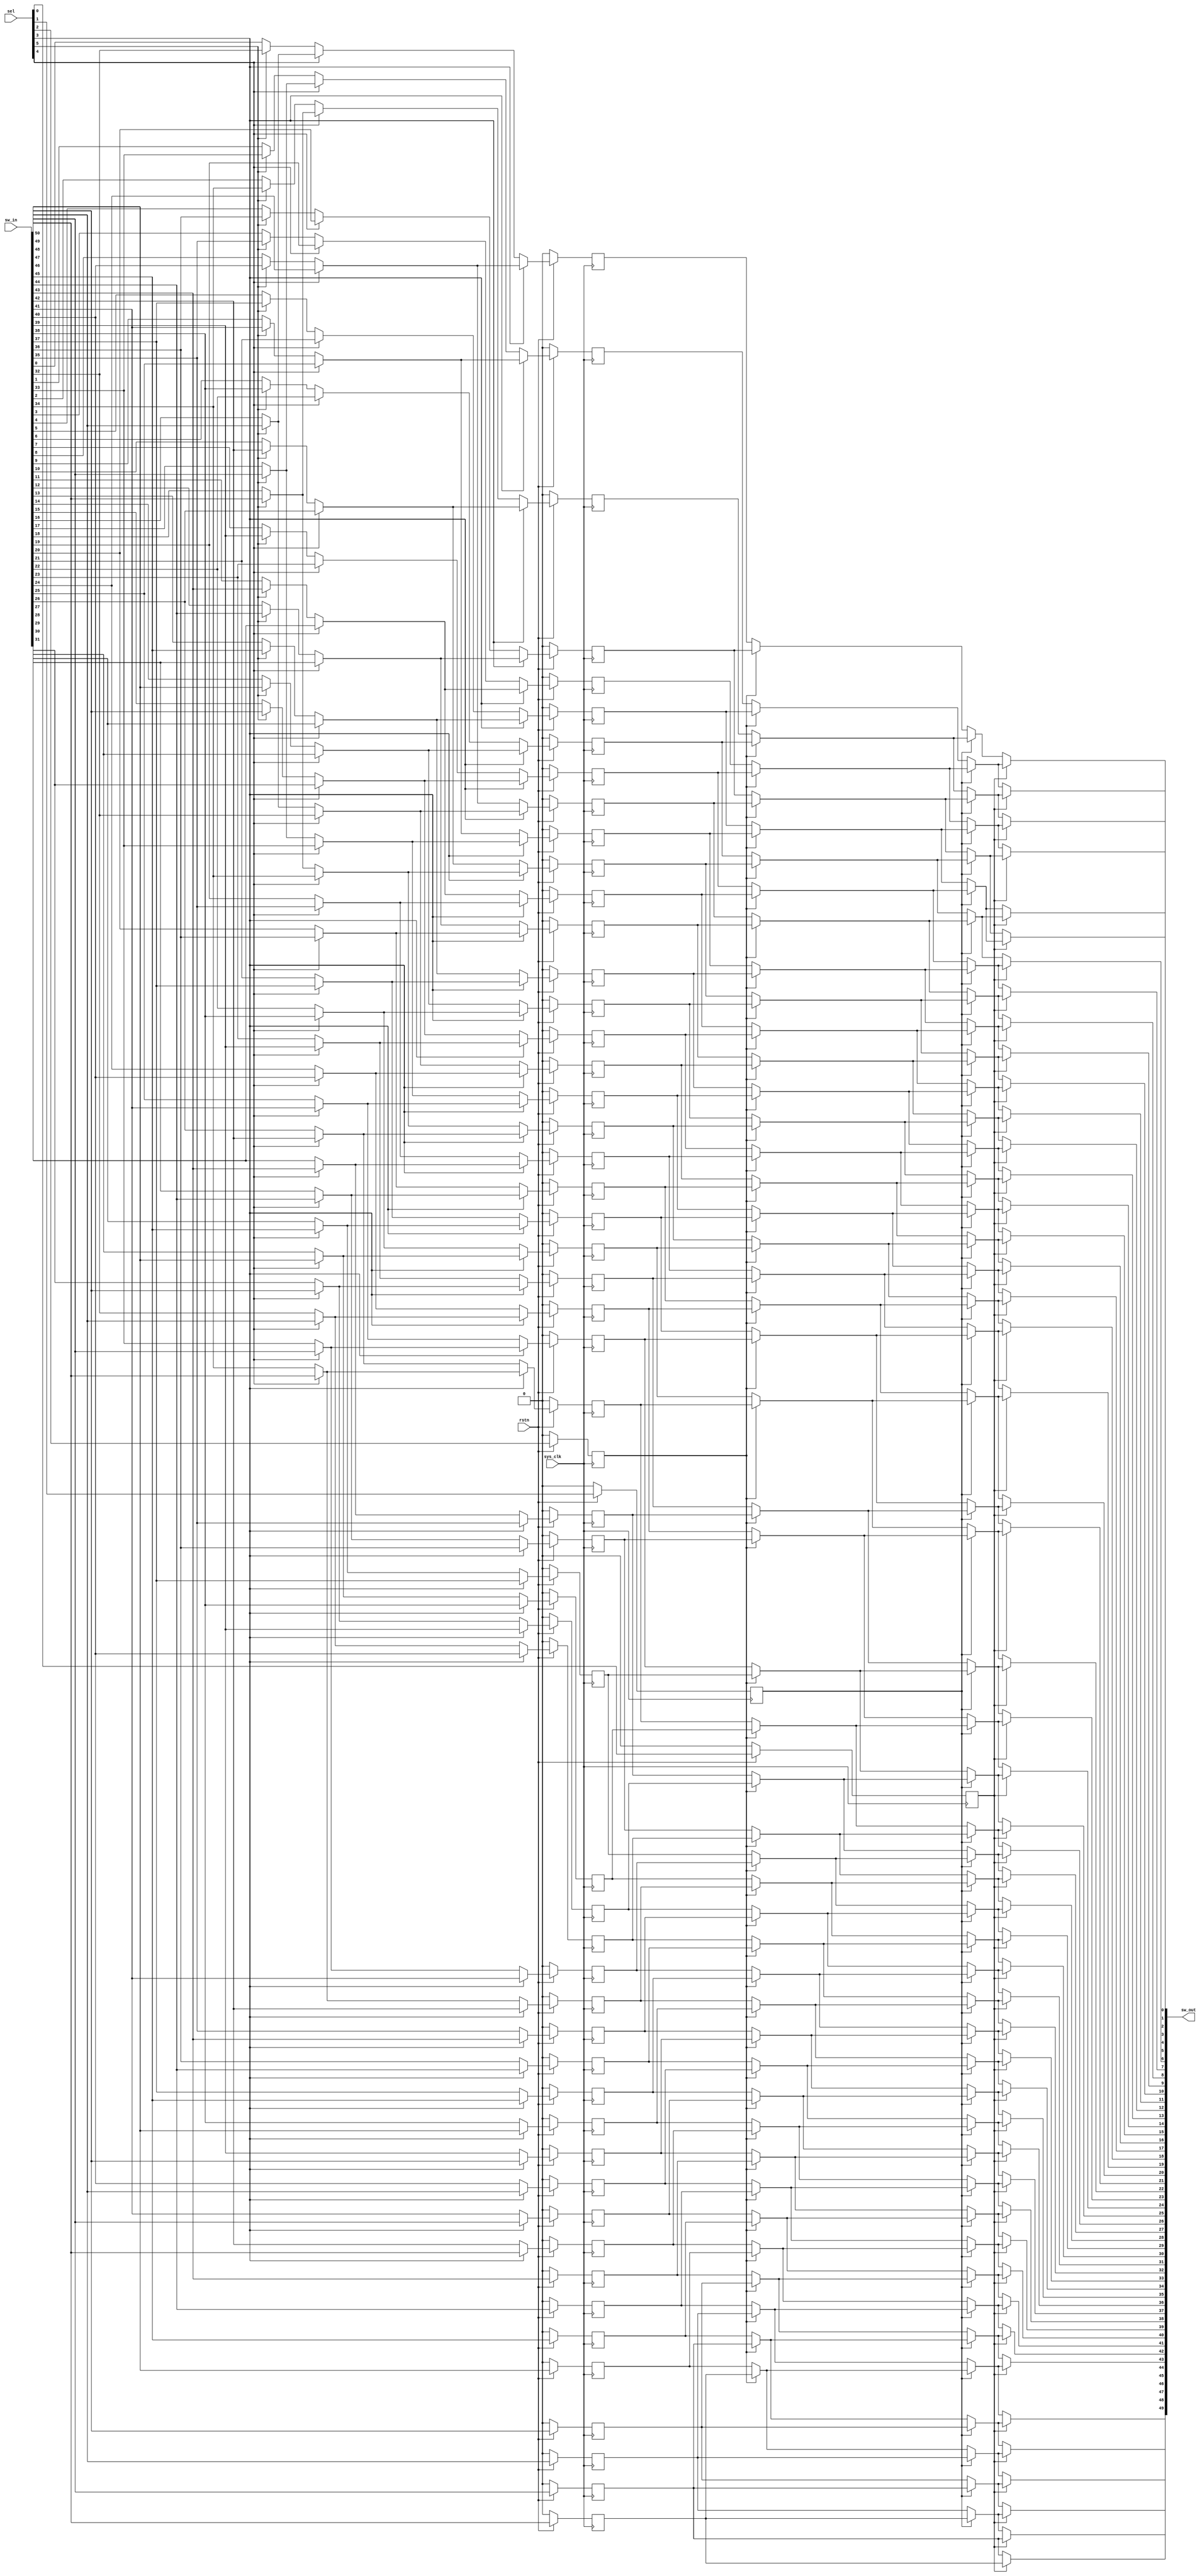
module qsn_left_len51 (
	output wire [49:0] sw_out,

	input wire [50:0] sw_in,
	input wire [5:0] sel,
	input wire sys_clk,
	input wire rstn
);

	// Multiplexer Stage 5
	wire [18:0] mux_stage_5;
	assign mux_stage_5[0] = (sel[5] == 1'b1) ? sw_in[32] : sw_in[0];
	assign mux_stage_5[1] = (sel[5] == 1'b1) ? sw_in[33] : sw_in[1];
	assign mux_stage_5[2] = (sel[5] == 1'b1) ? sw_in[34] : sw_in[2];
	assign mux_stage_5[3] = (sel[5] == 1'b1) ? sw_in[35] : sw_in[3];
	assign mux_stage_5[4] = (sel[5] == 1'b1) ? sw_in[36] : sw_in[4];
	assign mux_stage_5[5] = (sel[5] == 1'b1) ? sw_in[37] : sw_in[5];
	assign mux_stage_5[6] = (sel[5] == 1'b1) ? sw_in[38] : sw_in[6];
	assign mux_stage_5[7] = (sel[5] == 1'b1) ? sw_in[39] : sw_in[7];
	assign mux_stage_5[8] = (sel[5] == 1'b1) ? sw_in[40] : sw_in[8];
	assign mux_stage_5[9] = (sel[5] == 1'b1) ? sw_in[41] : sw_in[9];
	assign mux_stage_5[10] = (sel[5] == 1'b1) ? sw_in[42] : sw_in[10];
	assign mux_stage_5[11] = (sel[5] == 1'b1) ? sw_in[43] : sw_in[11];
	assign mux_stage_5[12] = (sel[5] == 1'b1) ? sw_in[44] : sw_in[12];
	assign mux_stage_5[13] = (sel[5] == 1'b1) ? sw_in[45] : sw_in[13];
	assign mux_stage_5[14] = (sel[5] == 1'b1) ? sw_in[46] : sw_in[14];
	assign mux_stage_5[15] = (sel[5] == 1'b1) ? sw_in[47] : sw_in[15];
	assign mux_stage_5[16] = (sel[5] == 1'b1) ? sw_in[48] : sw_in[16];
	assign mux_stage_5[17] = (sel[5] == 1'b1) ? sw_in[49] : sw_in[17];
	assign mux_stage_5[18] = (sel[5] == 1'b1) ? sw_in[50] : sw_in[18];

	// Multiplexer Stage 4
	wire [34:0] mux_stage_4;
	assign mux_stage_4[0] = (sel[4] == 1'b1) ? mux_stage_5[16] : mux_stage_5[0];
	assign mux_stage_4[1] = (sel[4] == 1'b1) ? mux_stage_5[17] : mux_stage_5[1];
	assign mux_stage_4[2] = (sel[4] == 1'b1) ? mux_stage_5[18] : mux_stage_5[2];
	assign mux_stage_4[3] = (sel[4] == 1'b1) ? sw_in[19] : mux_stage_5[3];
	assign mux_stage_4[4] = (sel[4] == 1'b1) ? sw_in[20] : mux_stage_5[4];
	assign mux_stage_4[5] = (sel[4] == 1'b1) ? sw_in[21] : mux_stage_5[5];
	assign mux_stage_4[6] = (sel[4] == 1'b1) ? sw_in[22] : mux_stage_5[6];
	assign mux_stage_4[7] = (sel[4] == 1'b1) ? sw_in[23] : mux_stage_5[7];
	assign mux_stage_4[8] = (sel[4] == 1'b1) ? sw_in[24] : mux_stage_5[8];
	assign mux_stage_4[9] = (sel[4] == 1'b1) ? sw_in[25] : mux_stage_5[9];
	assign mux_stage_4[10] = (sel[4] == 1'b1) ? sw_in[26] : mux_stage_5[10];
	assign mux_stage_4[11] = (sel[4] == 1'b1) ? sw_in[27] : mux_stage_5[11];
	assign mux_stage_4[12] = (sel[4] == 1'b1) ? sw_in[28] : mux_stage_5[12];
	assign mux_stage_4[13] = (sel[4] == 1'b1) ? sw_in[29] : mux_stage_5[13];
	assign mux_stage_4[14] = (sel[4] == 1'b1) ? sw_in[30] : mux_stage_5[14];
	assign mux_stage_4[15] = (sel[4] == 1'b1) ? sw_in[31] : mux_stage_5[15];
	assign mux_stage_4[16] = (sel[4] == 1'b1) ? sw_in[32] : mux_stage_5[16];
	assign mux_stage_4[17] = (sel[4] == 1'b1) ? sw_in[33] : mux_stage_5[17];
	assign mux_stage_4[18] = (sel[4] == 1'b1) ? sw_in[34] : mux_stage_5[18];
	assign mux_stage_4[19] = (sel[4] == 1'b1) ? sw_in[35] : sw_in[19];
	assign mux_stage_4[20] = (sel[4] == 1'b1) ? sw_in[36] : sw_in[20];
	assign mux_stage_4[21] = (sel[4] == 1'b1) ? sw_in[37] : sw_in[21];
	assign mux_stage_4[22] = (sel[4] == 1'b1) ? sw_in[38] : sw_in[22];
	assign mux_stage_4[23] = (sel[4] == 1'b1) ? sw_in[39] : sw_in[23];
	assign mux_stage_4[24] = (sel[4] == 1'b1) ? sw_in[40] : sw_in[24];
	assign mux_stage_4[25] = (sel[4] == 1'b1) ? sw_in[41] : sw_in[25];
	assign mux_stage_4[26] = (sel[4] == 1'b1) ? sw_in[42] : sw_in[26];
	assign mux_stage_4[27] = (sel[4] == 1'b1) ? sw_in[43] : sw_in[27];
	assign mux_stage_4[28] = (sel[4] == 1'b1) ? sw_in[44] : sw_in[28];
	assign mux_stage_4[29] = (sel[4] == 1'b1) ? sw_in[45] : sw_in[29];
	assign mux_stage_4[30] = (sel[4] == 1'b1) ? sw_in[46] : sw_in[30];
	assign mux_stage_4[31] = (sel[4] == 1'b1) ? sw_in[47] : sw_in[31];
	assign mux_stage_4[32] = (sel[4] == 1'b1) ? sw_in[48] : sw_in[32];
	assign mux_stage_4[33] = (sel[4] == 1'b1) ? sw_in[49] : sw_in[33];
	assign mux_stage_4[34] = (sel[4] == 1'b1) ? sw_in[50] : sw_in[34];

	// Multiplexer Stage 3
	reg [42:0] mux_stage_3;
	always @(posedge sys_clk) begin if(!rstn) mux_stage_3[0] <= 0; else if(sel[3] == 1'b1) mux_stage_3[0] <= mux_stage_4[8]; else mux_stage_3[0] <= mux_stage_4[0]; end
	always @(posedge sys_clk) begin if(!rstn) mux_stage_3[1] <= 0; else if(sel[3] == 1'b1) mux_stage_3[1] <= mux_stage_4[9]; else mux_stage_3[1] <= mux_stage_4[1]; end
	always @(posedge sys_clk) begin if(!rstn) mux_stage_3[2] <= 0; else if(sel[3] == 1'b1) mux_stage_3[2] <= mux_stage_4[10]; else mux_stage_3[2] <= mux_stage_4[2]; end
	always @(posedge sys_clk) begin if(!rstn) mux_stage_3[3] <= 0; else if(sel[3] == 1'b1) mux_stage_3[3] <= mux_stage_4[11]; else mux_stage_3[3] <= mux_stage_4[3]; end
	always @(posedge sys_clk) begin if(!rstn) mux_stage_3[4] <= 0; else if(sel[3] == 1'b1) mux_stage_3[4] <= mux_stage_4[12]; else mux_stage_3[4] <= mux_stage_4[4]; end
	always @(posedge sys_clk) begin if(!rstn) mux_stage_3[5] <= 0; else if(sel[3] == 1'b1) mux_stage_3[5] <= mux_stage_4[13]; else mux_stage_3[5] <= mux_stage_4[5]; end
	always @(posedge sys_clk) begin if(!rstn) mux_stage_3[6] <= 0; else if(sel[3] == 1'b1) mux_stage_3[6] <= mux_stage_4[14]; else mux_stage_3[6] <= mux_stage_4[6]; end
	always @(posedge sys_clk) begin if(!rstn) mux_stage_3[7] <= 0; else if(sel[3] == 1'b1) mux_stage_3[7] <= mux_stage_4[15]; else mux_stage_3[7] <= mux_stage_4[7]; end
	always @(posedge sys_clk) begin if(!rstn) mux_stage_3[8] <= 0; else if(sel[3] == 1'b1) mux_stage_3[8] <= mux_stage_4[16]; else mux_stage_3[8] <= mux_stage_4[8]; end
	always @(posedge sys_clk) begin if(!rstn) mux_stage_3[9] <= 0; else if(sel[3] == 1'b1) mux_stage_3[9] <= mux_stage_4[17]; else mux_stage_3[9] <= mux_stage_4[9]; end
	always @(posedge sys_clk) begin if(!rstn) mux_stage_3[10] <= 0; else if(sel[3] == 1'b1) mux_stage_3[10] <= mux_stage_4[18]; else mux_stage_3[10] <= mux_stage_4[10]; end
	always @(posedge sys_clk) begin if(!rstn) mux_stage_3[11] <= 0; else if(sel[3] == 1'b1) mux_stage_3[11] <= mux_stage_4[19]; else mux_stage_3[11] <= mux_stage_4[11]; end
	always @(posedge sys_clk) begin if(!rstn) mux_stage_3[12] <= 0; else if(sel[3] == 1'b1) mux_stage_3[12] <= mux_stage_4[20]; else mux_stage_3[12] <= mux_stage_4[12]; end
	always @(posedge sys_clk) begin if(!rstn) mux_stage_3[13] <= 0; else if(sel[3] == 1'b1) mux_stage_3[13] <= mux_stage_4[21]; else mux_stage_3[13] <= mux_stage_4[13]; end
	always @(posedge sys_clk) begin if(!rstn) mux_stage_3[14] <= 0; else if(sel[3] == 1'b1) mux_stage_3[14] <= mux_stage_4[22]; else mux_stage_3[14] <= mux_stage_4[14]; end
	always @(posedge sys_clk) begin if(!rstn) mux_stage_3[15] <= 0; else if(sel[3] == 1'b1) mux_stage_3[15] <= mux_stage_4[23]; else mux_stage_3[15] <= mux_stage_4[15]; end
	always @(posedge sys_clk) begin if(!rstn) mux_stage_3[16] <= 0; else if(sel[3] == 1'b1) mux_stage_3[16] <= mux_stage_4[24]; else mux_stage_3[16] <= mux_stage_4[16]; end
	always @(posedge sys_clk) begin if(!rstn) mux_stage_3[17] <= 0; else if(sel[3] == 1'b1) mux_stage_3[17] <= mux_stage_4[25]; else mux_stage_3[17] <= mux_stage_4[17]; end
	always @(posedge sys_clk) begin if(!rstn) mux_stage_3[18] <= 0; else if(sel[3] == 1'b1) mux_stage_3[18] <= mux_stage_4[26]; else mux_stage_3[18] <= mux_stage_4[18]; end
	always @(posedge sys_clk) begin if(!rstn) mux_stage_3[19] <= 0; else if(sel[3] == 1'b1) mux_stage_3[19] <= mux_stage_4[27]; else mux_stage_3[19] <= mux_stage_4[19]; end
	always @(posedge sys_clk) begin if(!rstn) mux_stage_3[20] <= 0; else if(sel[3] == 1'b1) mux_stage_3[20] <= mux_stage_4[28]; else mux_stage_3[20] <= mux_stage_4[20]; end
	always @(posedge sys_clk) begin if(!rstn) mux_stage_3[21] <= 0; else if(sel[3] == 1'b1) mux_stage_3[21] <= mux_stage_4[29]; else mux_stage_3[21] <= mux_stage_4[21]; end
	always @(posedge sys_clk) begin if(!rstn) mux_stage_3[22] <= 0; else if(sel[3] == 1'b1) mux_stage_3[22] <= mux_stage_4[30]; else mux_stage_3[22] <= mux_stage_4[22]; end
	always @(posedge sys_clk) begin if(!rstn) mux_stage_3[23] <= 0; else if(sel[3] == 1'b1) mux_stage_3[23] <= mux_stage_4[31]; else mux_stage_3[23] <= mux_stage_4[23]; end
	always @(posedge sys_clk) begin if(!rstn) mux_stage_3[24] <= 0; else if(sel[3] == 1'b1) mux_stage_3[24] <= mux_stage_4[32]; else mux_stage_3[24] <= mux_stage_4[24]; end
	always @(posedge sys_clk) begin if(!rstn) mux_stage_3[25] <= 0; else if(sel[3] == 1'b1) mux_stage_3[25] <= mux_stage_4[33]; else mux_stage_3[25] <= mux_stage_4[25]; end
	always @(posedge sys_clk) begin if(!rstn) mux_stage_3[26] <= 0; else if(sel[3] == 1'b1) mux_stage_3[26] <= mux_stage_4[34]; else mux_stage_3[26] <= mux_stage_4[26]; end
	always @(posedge sys_clk) begin if(!rstn) mux_stage_3[27] <= 0; else if(sel[3] == 1'b1) mux_stage_3[27] <= sw_in[35]; else mux_stage_3[27] <= mux_stage_4[27]; end
	always @(posedge sys_clk) begin if(!rstn) mux_stage_3[28] <= 0; else if(sel[3] == 1'b1) mux_stage_3[28] <= sw_in[36]; else mux_stage_3[28] <= mux_stage_4[28]; end
	always @(posedge sys_clk) begin if(!rstn) mux_stage_3[29] <= 0; else if(sel[3] == 1'b1) mux_stage_3[29] <= sw_in[37]; else mux_stage_3[29] <= mux_stage_4[29]; end
	always @(posedge sys_clk) begin if(!rstn) mux_stage_3[30] <= 0; else if(sel[3] == 1'b1) mux_stage_3[30] <= sw_in[38]; else mux_stage_3[30] <= mux_stage_4[30]; end
	always @(posedge sys_clk) begin if(!rstn) mux_stage_3[31] <= 0; else if(sel[3] == 1'b1) mux_stage_3[31] <= sw_in[39]; else mux_stage_3[31] <= mux_stage_4[31]; end
	always @(posedge sys_clk) begin if(!rstn) mux_stage_3[32] <= 0; else if(sel[3] == 1'b1) mux_stage_3[32] <= sw_in[40]; else mux_stage_3[32] <= mux_stage_4[32]; end
	always @(posedge sys_clk) begin if(!rstn) mux_stage_3[33] <= 0; else if(sel[3] == 1'b1) mux_stage_3[33] <= sw_in[41]; else mux_stage_3[33] <= mux_stage_4[33]; end
	always @(posedge sys_clk) begin if(!rstn) mux_stage_3[34] <= 0; else if(sel[3] == 1'b1) mux_stage_3[34] <= sw_in[42]; else mux_stage_3[34] <= mux_stage_4[34]; end
	always @(posedge sys_clk) begin if(!rstn) mux_stage_3[35] <= 0; else if(sel[3] == 1'b1) mux_stage_3[35] <= sw_in[43]; else mux_stage_3[35] <= sw_in[35]; end
	always @(posedge sys_clk) begin if(!rstn) mux_stage_3[36] <= 0; else if(sel[3] == 1'b1) mux_stage_3[36] <= sw_in[44]; else mux_stage_3[36] <= sw_in[36]; end
	always @(posedge sys_clk) begin if(!rstn) mux_stage_3[37] <= 0; else if(sel[3] == 1'b1) mux_stage_3[37] <= sw_in[45]; else mux_stage_3[37] <= sw_in[37]; end
	always @(posedge sys_clk) begin if(!rstn) mux_stage_3[38] <= 0; else if(sel[3] == 1'b1) mux_stage_3[38] <= sw_in[46]; else mux_stage_3[38] <= sw_in[38]; end
	always @(posedge sys_clk) begin if(!rstn) mux_stage_3[39] <= 0; else if(sel[3] == 1'b1) mux_stage_3[39] <= sw_in[47]; else mux_stage_3[39] <= sw_in[39]; end
	always @(posedge sys_clk) begin if(!rstn) mux_stage_3[40] <= 0; else if(sel[3] == 1'b1) mux_stage_3[40] <= sw_in[48]; else mux_stage_3[40] <= sw_in[40]; end
	always @(posedge sys_clk) begin if(!rstn) mux_stage_3[41] <= 0; else if(sel[3] == 1'b1) mux_stage_3[41] <= sw_in[49]; else mux_stage_3[41] <= sw_in[41]; end
	always @(posedge sys_clk) begin if(!rstn) mux_stage_3[42] <= 0; else if(sel[3] == 1'b1) mux_stage_3[42] <= sw_in[50]; else mux_stage_3[42] <= sw_in[42]; end

	reg sw_in_43_reg0; 	always @(posedge sys_clk) begin if(!rstn) sw_in_43_reg0 <= 0; else sw_in_43_reg0 <= sw_in[43]; end
	reg sw_in_44_reg0; 	always @(posedge sys_clk) begin if(!rstn) sw_in_44_reg0 <= 0; else sw_in_44_reg0 <= sw_in[44]; end
	reg sw_in_45_reg0; 	always @(posedge sys_clk) begin if(!rstn) sw_in_45_reg0 <= 0; else sw_in_45_reg0 <= sw_in[45]; end
	reg sw_in_46_reg0; 	always @(posedge sys_clk) begin if(!rstn) sw_in_46_reg0 <= 0; else sw_in_46_reg0 <= sw_in[46]; end
	reg sw_in_47_reg0; 	always @(posedge sys_clk) begin if(!rstn) sw_in_47_reg0 <= 0; else sw_in_47_reg0 <= sw_in[47]; end
	reg sw_in_48_reg0; 	always @(posedge sys_clk) begin if(!rstn) sw_in_48_reg0 <= 0; else sw_in_48_reg0 <= sw_in[48]; end
	reg sw_in_49_reg0; 	always @(posedge sys_clk) begin if(!rstn) sw_in_49_reg0 <= 0; else sw_in_49_reg0 <= sw_in[49]; end
	reg sw_in_50_reg0; 	always @(posedge sys_clk) begin if(!rstn) sw_in_50_reg0 <= 0; else sw_in_50_reg0 <= sw_in[50]; end

	reg sel_2_reg0;
	always @(posedge sys_clk) begin if(!rstn) sel_2_reg0 <= 0; else sel_2_reg0 <= sel[2]; end	

	// Multiplexer Stage 2
	wire [46:0] mux_stage_2;
	assign mux_stage_2[0] = (sel_2_reg0 == 1'b1) ? mux_stage_3[4] : mux_stage_3[0];
	assign mux_stage_2[1] = (sel_2_reg0 == 1'b1) ? mux_stage_3[5] : mux_stage_3[1];
	assign mux_stage_2[2] = (sel_2_reg0 == 1'b1) ? mux_stage_3[6] : mux_stage_3[2];
	assign mux_stage_2[3] = (sel_2_reg0 == 1'b1) ? mux_stage_3[7] : mux_stage_3[3];
	assign mux_stage_2[4] = (sel_2_reg0 == 1'b1) ? mux_stage_3[8] : mux_stage_3[4];
	assign mux_stage_2[5] = (sel_2_reg0 == 1'b1) ? mux_stage_3[9] : mux_stage_3[5];
	assign mux_stage_2[6] = (sel_2_reg0 == 1'b1) ? mux_stage_3[10] : mux_stage_3[6];
	assign mux_stage_2[7] = (sel_2_reg0 == 1'b1) ? mux_stage_3[11] : mux_stage_3[7];
	assign mux_stage_2[8] = (sel_2_reg0 == 1'b1) ? mux_stage_3[12] : mux_stage_3[8];
	assign mux_stage_2[9] = (sel_2_reg0 == 1'b1) ? mux_stage_3[13] : mux_stage_3[9];
	assign mux_stage_2[10] = (sel_2_reg0 == 1'b1) ? mux_stage_3[14] : mux_stage_3[10];
	assign mux_stage_2[11] = (sel_2_reg0 == 1'b1) ? mux_stage_3[15] : mux_stage_3[11];
	assign mux_stage_2[12] = (sel_2_reg0 == 1'b1) ? mux_stage_3[16] : mux_stage_3[12];
	assign mux_stage_2[13] = (sel_2_reg0 == 1'b1) ? mux_stage_3[17] : mux_stage_3[13];
	assign mux_stage_2[14] = (sel_2_reg0 == 1'b1) ? mux_stage_3[18] : mux_stage_3[14];
	assign mux_stage_2[15] = (sel_2_reg0 == 1'b1) ? mux_stage_3[19] : mux_stage_3[15];
	assign mux_stage_2[16] = (sel_2_reg0 == 1'b1) ? mux_stage_3[20] : mux_stage_3[16];
	assign mux_stage_2[17] = (sel_2_reg0 == 1'b1) ? mux_stage_3[21] : mux_stage_3[17];
	assign mux_stage_2[18] = (sel_2_reg0 == 1'b1) ? mux_stage_3[22] : mux_stage_3[18];
	assign mux_stage_2[19] = (sel_2_reg0 == 1'b1) ? mux_stage_3[23] : mux_stage_3[19];
	assign mux_stage_2[20] = (sel_2_reg0 == 1'b1) ? mux_stage_3[24] : mux_stage_3[20];
	assign mux_stage_2[21] = (sel_2_reg0 == 1'b1) ? mux_stage_3[25] : mux_stage_3[21];
	assign mux_stage_2[22] = (sel_2_reg0 == 1'b1) ? mux_stage_3[26] : mux_stage_3[22];
	assign mux_stage_2[23] = (sel_2_reg0 == 1'b1) ? mux_stage_3[27] : mux_stage_3[23];
	assign mux_stage_2[24] = (sel_2_reg0 == 1'b1) ? mux_stage_3[28] : mux_stage_3[24];
	assign mux_stage_2[25] = (sel_2_reg0 == 1'b1) ? mux_stage_3[29] : mux_stage_3[25];
	assign mux_stage_2[26] = (sel_2_reg0 == 1'b1) ? mux_stage_3[30] : mux_stage_3[26];
	assign mux_stage_2[27] = (sel_2_reg0 == 1'b1) ? mux_stage_3[31] : mux_stage_3[27];
	assign mux_stage_2[28] = (sel_2_reg0 == 1'b1) ? mux_stage_3[32] : mux_stage_3[28];
	assign mux_stage_2[29] = (sel_2_reg0 == 1'b1) ? mux_stage_3[33] : mux_stage_3[29];
	assign mux_stage_2[30] = (sel_2_reg0 == 1'b1) ? mux_stage_3[34] : mux_stage_3[30];
	assign mux_stage_2[31] = (sel_2_reg0 == 1'b1) ? mux_stage_3[35] : mux_stage_3[31];
	assign mux_stage_2[32] = (sel_2_reg0 == 1'b1) ? mux_stage_3[36] : mux_stage_3[32];
	assign mux_stage_2[33] = (sel_2_reg0 == 1'b1) ? mux_stage_3[37] : mux_stage_3[33];
	assign mux_stage_2[34] = (sel_2_reg0 == 1'b1) ? mux_stage_3[38] : mux_stage_3[34];
	assign mux_stage_2[35] = (sel_2_reg0 == 1'b1) ? mux_stage_3[39] : mux_stage_3[35];
	assign mux_stage_2[36] = (sel_2_reg0 == 1'b1) ? mux_stage_3[40] : mux_stage_3[36];
	assign mux_stage_2[37] = (sel_2_reg0 == 1'b1) ? mux_stage_3[41] : mux_stage_3[37];
	assign mux_stage_2[38] = (sel_2_reg0 == 1'b1) ? mux_stage_3[42] : mux_stage_3[38];
	assign mux_stage_2[39] = (sel_2_reg0 == 1'b1) ? sw_in_43_reg0 : mux_stage_3[39];
	assign mux_stage_2[40] = (sel_2_reg0 == 1'b1) ? sw_in_44_reg0 : mux_stage_3[40];
	assign mux_stage_2[41] = (sel_2_reg0 == 1'b1) ? sw_in_45_reg0 : mux_stage_3[41];
	assign mux_stage_2[42] = (sel_2_reg0 == 1'b1) ? sw_in_46_reg0 : mux_stage_3[42];
	assign mux_stage_2[43] = (sel_2_reg0 == 1'b1) ? sw_in_47_reg0 : sw_in_43_reg0;
	assign mux_stage_2[44] = (sel_2_reg0 == 1'b1) ? sw_in_48_reg0 : sw_in_44_reg0;
	assign mux_stage_2[45] = (sel_2_reg0 == 1'b1) ? sw_in_49_reg0 : sw_in_45_reg0;
	assign mux_stage_2[46] = (sel_2_reg0 == 1'b1) ? sw_in_50_reg0 : sw_in_46_reg0;


	reg sel_1_reg0;
	always @(posedge sys_clk) begin if(!rstn) sel_1_reg0 <= 0; else sel_1_reg0 <= sel[1]; end	

	// Multiplexer Stage 1
	wire [48:0] mux_stage_1;
	assign mux_stage_1[0] = (sel_1_reg0 == 1'b1) ? mux_stage_2[2] : mux_stage_2[0];
	assign mux_stage_1[1] = (sel_1_reg0 == 1'b1) ? mux_stage_2[3] : mux_stage_2[1];
	assign mux_stage_1[2] = (sel_1_reg0 == 1'b1) ? mux_stage_2[4] : mux_stage_2[2];
	assign mux_stage_1[3] = (sel_1_reg0 == 1'b1) ? mux_stage_2[5] : mux_stage_2[3];
	assign mux_stage_1[4] = (sel_1_reg0 == 1'b1) ? mux_stage_2[6] : mux_stage_2[4];
	assign mux_stage_1[5] = (sel_1_reg0 == 1'b1) ? mux_stage_2[7] : mux_stage_2[5];
	assign mux_stage_1[6] = (sel_1_reg0 == 1'b1) ? mux_stage_2[8] : mux_stage_2[6];
	assign mux_stage_1[7] = (sel_1_reg0 == 1'b1) ? mux_stage_2[9] : mux_stage_2[7];
	assign mux_stage_1[8] = (sel_1_reg0 == 1'b1) ? mux_stage_2[10] : mux_stage_2[8];
	assign mux_stage_1[9] = (sel_1_reg0 == 1'b1) ? mux_stage_2[11] : mux_stage_2[9];
	assign mux_stage_1[10] = (sel_1_reg0 == 1'b1) ? mux_stage_2[12] : mux_stage_2[10];
	assign mux_stage_1[11] = (sel_1_reg0 == 1'b1) ? mux_stage_2[13] : mux_stage_2[11];
	assign mux_stage_1[12] = (sel_1_reg0 == 1'b1) ? mux_stage_2[14] : mux_stage_2[12];
	assign mux_stage_1[13] = (sel_1_reg0 == 1'b1) ? mux_stage_2[15] : mux_stage_2[13];
	assign mux_stage_1[14] = (sel_1_reg0 == 1'b1) ? mux_stage_2[16] : mux_stage_2[14];
	assign mux_stage_1[15] = (sel_1_reg0 == 1'b1) ? mux_stage_2[17] : mux_stage_2[15];
	assign mux_stage_1[16] = (sel_1_reg0 == 1'b1) ? mux_stage_2[18] : mux_stage_2[16];
	assign mux_stage_1[17] = (sel_1_reg0 == 1'b1) ? mux_stage_2[19] : mux_stage_2[17];
	assign mux_stage_1[18] = (sel_1_reg0 == 1'b1) ? mux_stage_2[20] : mux_stage_2[18];
	assign mux_stage_1[19] = (sel_1_reg0 == 1'b1) ? mux_stage_2[21] : mux_stage_2[19];
	assign mux_stage_1[20] = (sel_1_reg0 == 1'b1) ? mux_stage_2[22] : mux_stage_2[20];
	assign mux_stage_1[21] = (sel_1_reg0 == 1'b1) ? mux_stage_2[23] : mux_stage_2[21];
	assign mux_stage_1[22] = (sel_1_reg0 == 1'b1) ? mux_stage_2[24] : mux_stage_2[22];
	assign mux_stage_1[23] = (sel_1_reg0 == 1'b1) ? mux_stage_2[25] : mux_stage_2[23];
	assign mux_stage_1[24] = (sel_1_reg0 == 1'b1) ? mux_stage_2[26] : mux_stage_2[24];
	assign mux_stage_1[25] = (sel_1_reg0 == 1'b1) ? mux_stage_2[27] : mux_stage_2[25];
	assign mux_stage_1[26] = (sel_1_reg0 == 1'b1) ? mux_stage_2[28] : mux_stage_2[26];
	assign mux_stage_1[27] = (sel_1_reg0 == 1'b1) ? mux_stage_2[29] : mux_stage_2[27];
	assign mux_stage_1[28] = (sel_1_reg0 == 1'b1) ? mux_stage_2[30] : mux_stage_2[28];
	assign mux_stage_1[29] = (sel_1_reg0 == 1'b1) ? mux_stage_2[31] : mux_stage_2[29];
	assign mux_stage_1[30] = (sel_1_reg0 == 1'b1) ? mux_stage_2[32] : mux_stage_2[30];
	assign mux_stage_1[31] = (sel_1_reg0 == 1'b1) ? mux_stage_2[33] : mux_stage_2[31];
	assign mux_stage_1[32] = (sel_1_reg0 == 1'b1) ? mux_stage_2[34] : mux_stage_2[32];
	assign mux_stage_1[33] = (sel_1_reg0 == 1'b1) ? mux_stage_2[35] : mux_stage_2[33];
	assign mux_stage_1[34] = (sel_1_reg0 == 1'b1) ? mux_stage_2[36] : mux_stage_2[34];
	assign mux_stage_1[35] = (sel_1_reg0 == 1'b1) ? mux_stage_2[37] : mux_stage_2[35];
	assign mux_stage_1[36] = (sel_1_reg0 == 1'b1) ? mux_stage_2[38] : mux_stage_2[36];
	assign mux_stage_1[37] = (sel_1_reg0 == 1'b1) ? mux_stage_2[39] : mux_stage_2[37];
	assign mux_stage_1[38] = (sel_1_reg0 == 1'b1) ? mux_stage_2[40] : mux_stage_2[38];
	assign mux_stage_1[39] = (sel_1_reg0 == 1'b1) ? mux_stage_2[41] : mux_stage_2[39];
	assign mux_stage_1[40] = (sel_1_reg0 == 1'b1) ? mux_stage_2[42] : mux_stage_2[40];
	assign mux_stage_1[41] = (sel_1_reg0 == 1'b1) ? mux_stage_2[43] : mux_stage_2[41];
	assign mux_stage_1[42] = (sel_1_reg0 == 1'b1) ? mux_stage_2[44] : mux_stage_2[42];
	assign mux_stage_1[43] = (sel_1_reg0 == 1'b1) ? mux_stage_2[45] : mux_stage_2[43];
	assign mux_stage_1[44] = (sel_1_reg0 == 1'b1) ? mux_stage_2[46] : mux_stage_2[44];
	assign mux_stage_1[45] = (sel_1_reg0 == 1'b1) ? sw_in_47_reg0 : mux_stage_2[45];
	assign mux_stage_1[46] = (sel_1_reg0 == 1'b1) ? sw_in_48_reg0 : mux_stage_2[46];
	assign mux_stage_1[47] = (sel_1_reg0 == 1'b1) ? sw_in_49_reg0 : sw_in_47_reg0;
	assign mux_stage_1[48] = (sel_1_reg0 == 1'b1) ? sw_in_50_reg0 : sw_in_48_reg0;


	reg sel_0_reg0;
	always @(posedge sys_clk) begin if(!rstn) sel_0_reg0 <= 0; else sel_0_reg0 <= sel[0]; end	

	// Multiplexer Stage 0
	wire [49:0] mux_stage_0;
	assign mux_stage_0[0] = (sel_0_reg0 == 1'b1) ? mux_stage_1[1] : mux_stage_1[0];
	assign mux_stage_0[1] = (sel_0_reg0 == 1'b1) ? mux_stage_1[2] : mux_stage_1[1];
	assign mux_stage_0[2] = (sel_0_reg0 == 1'b1) ? mux_stage_1[3] : mux_stage_1[2];
	assign mux_stage_0[3] = (sel_0_reg0 == 1'b1) ? mux_stage_1[4] : mux_stage_1[3];
	assign mux_stage_0[4] = (sel_0_reg0 == 1'b1) ? mux_stage_1[5] : mux_stage_1[4];
	assign mux_stage_0[5] = (sel_0_reg0 == 1'b1) ? mux_stage_1[6] : mux_stage_1[5];
	assign mux_stage_0[6] = (sel_0_reg0 == 1'b1) ? mux_stage_1[7] : mux_stage_1[6];
	assign mux_stage_0[7] = (sel_0_reg0 == 1'b1) ? mux_stage_1[8] : mux_stage_1[7];
	assign mux_stage_0[8] = (sel_0_reg0 == 1'b1) ? mux_stage_1[9] : mux_stage_1[8];
	assign mux_stage_0[9] = (sel_0_reg0 == 1'b1) ? mux_stage_1[10] : mux_stage_1[9];
	assign mux_stage_0[10] = (sel_0_reg0 == 1'b1) ? mux_stage_1[11] : mux_stage_1[10];
	assign mux_stage_0[11] = (sel_0_reg0 == 1'b1) ? mux_stage_1[12] : mux_stage_1[11];
	assign mux_stage_0[12] = (sel_0_reg0 == 1'b1) ? mux_stage_1[13] : mux_stage_1[12];
	assign mux_stage_0[13] = (sel_0_reg0 == 1'b1) ? mux_stage_1[14] : mux_stage_1[13];
	assign mux_stage_0[14] = (sel_0_reg0 == 1'b1) ? mux_stage_1[15] : mux_stage_1[14];
	assign mux_stage_0[15] = (sel_0_reg0 == 1'b1) ? mux_stage_1[16] : mux_stage_1[15];
	assign mux_stage_0[16] = (sel_0_reg0 == 1'b1) ? mux_stage_1[17] : mux_stage_1[16];
	assign mux_stage_0[17] = (sel_0_reg0 == 1'b1) ? mux_stage_1[18] : mux_stage_1[17];
	assign mux_stage_0[18] = (sel_0_reg0 == 1'b1) ? mux_stage_1[19] : mux_stage_1[18];
	assign mux_stage_0[19] = (sel_0_reg0 == 1'b1) ? mux_stage_1[20] : mux_stage_1[19];
	assign mux_stage_0[20] = (sel_0_reg0 == 1'b1) ? mux_stage_1[21] : mux_stage_1[20];
	assign mux_stage_0[21] = (sel_0_reg0 == 1'b1) ? mux_stage_1[22] : mux_stage_1[21];
	assign mux_stage_0[22] = (sel_0_reg0 == 1'b1) ? mux_stage_1[23] : mux_stage_1[22];
	assign mux_stage_0[23] = (sel_0_reg0 == 1'b1) ? mux_stage_1[24] : mux_stage_1[23];
	assign mux_stage_0[24] = (sel_0_reg0 == 1'b1) ? mux_stage_1[25] : mux_stage_1[24];
	assign mux_stage_0[25] = (sel_0_reg0 == 1'b1) ? mux_stage_1[26] : mux_stage_1[25];
	assign mux_stage_0[26] = (sel_0_reg0 == 1'b1) ? mux_stage_1[27] : mux_stage_1[26];
	assign mux_stage_0[27] = (sel_0_reg0 == 1'b1) ? mux_stage_1[28] : mux_stage_1[27];
	assign mux_stage_0[28] = (sel_0_reg0 == 1'b1) ? mux_stage_1[29] : mux_stage_1[28];
	assign mux_stage_0[29] = (sel_0_reg0 == 1'b1) ? mux_stage_1[30] : mux_stage_1[29];
	assign mux_stage_0[30] = (sel_0_reg0 == 1'b1) ? mux_stage_1[31] : mux_stage_1[30];
	assign mux_stage_0[31] = (sel_0_reg0 == 1'b1) ? mux_stage_1[32] : mux_stage_1[31];
	assign mux_stage_0[32] = (sel_0_reg0 == 1'b1) ? mux_stage_1[33] : mux_stage_1[32];
	assign mux_stage_0[33] = (sel_0_reg0 == 1'b1) ? mux_stage_1[34] : mux_stage_1[33];
	assign mux_stage_0[34] = (sel_0_reg0 == 1'b1) ? mux_stage_1[35] : mux_stage_1[34];
	assign mux_stage_0[35] = (sel_0_reg0 == 1'b1) ? mux_stage_1[36] : mux_stage_1[35];
	assign mux_stage_0[36] = (sel_0_reg0 == 1'b1) ? mux_stage_1[37] : mux_stage_1[36];
	assign mux_stage_0[37] = (sel_0_reg0 == 1'b1) ? mux_stage_1[38] : mux_stage_1[37];
	assign mux_stage_0[38] = (sel_0_reg0 == 1'b1) ? mux_stage_1[39] : mux_stage_1[38];
	assign mux_stage_0[39] = (sel_0_reg0 == 1'b1) ? mux_stage_1[40] : mux_stage_1[39];
	assign mux_stage_0[40] = (sel_0_reg0 == 1'b1) ? mux_stage_1[41] : mux_stage_1[40];
	assign mux_stage_0[41] = (sel_0_reg0 == 1'b1) ? mux_stage_1[42] : mux_stage_1[41];
	assign mux_stage_0[42] = (sel_0_reg0 == 1'b1) ? mux_stage_1[43] : mux_stage_1[42];
	assign mux_stage_0[43] = (sel_0_reg0 == 1'b1) ? mux_stage_1[44] : mux_stage_1[43];
	assign mux_stage_0[44] = (sel_0_reg0 == 1'b1) ? mux_stage_1[45] : mux_stage_1[44];
	assign mux_stage_0[45] = (sel_0_reg0 == 1'b1) ? mux_stage_1[46] : mux_stage_1[45];
	assign mux_stage_0[46] = (sel_0_reg0 == 1'b1) ? mux_stage_1[47] : mux_stage_1[46];
	assign mux_stage_0[47] = (sel_0_reg0 == 1'b1) ? mux_stage_1[48] : mux_stage_1[47];
	assign mux_stage_0[48] = (sel_0_reg0 == 1'b1) ? sw_in_49_reg0 : mux_stage_1[48];
	assign mux_stage_0[49] = (sel_0_reg0 == 1'b1) ? sw_in_50_reg0 : sw_in_49_reg0;

	assign sw_out[49:0] = mux_stage_0[49:0];
endmodule